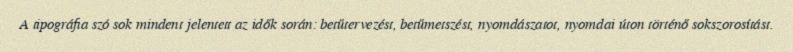
A tipográfia szó sok mindent jelentett az idők során: betűtervezést, betűmetszést, nyomdászatot, nyomdai úton történő sokszorosítást.